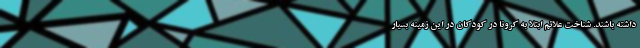
داشته باشند. شناخت علائم ابتلا به کرونا در کودکان در این زمینه بسیار